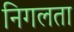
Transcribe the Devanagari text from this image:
निगलता